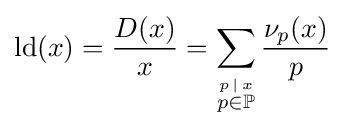
\operatorname {ld} (x)={\frac {D(x)}{x}}=\sum _{\stackrel {p\,\mid \,x}{p\in \mathbb {P} }}{\frac {\nu _{p}(x)}{p}}